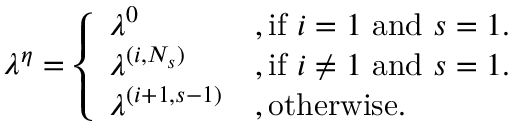
\begin{array} { r } { \boldsymbol { \lambda ^ { \eta } } = \left\{ \begin{array} { l l } { \boldsymbol { \lambda } ^ { 0 } } & { , \mathrm { i f ~ } i = 1 \mathrm { ~ a n d ~ } s = 1 . } \\ { \boldsymbol { \lambda } ^ { ( i , N _ { s } ) } } & { , \mathrm { i f ~ } i \neq 1 \mathrm { ~ a n d ~ } s = 1 . } \\ { \boldsymbol { \lambda } ^ { ( i + 1 , s - 1 ) } } & { , \mathrm { o t h e r w i s e . } } \end{array} \right. } \end{array}